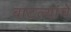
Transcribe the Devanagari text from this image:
बाटल्यांचे